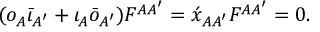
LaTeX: ( o _ { A } \bar { \iota } _ { A ^ { \prime } } + \iota _ { A } \bar { o } _ { A ^ { \prime } } ) { \cal F } ^ { A A ^ { \prime } } = \acute { x } _ { A A ^ { \prime } } { \cal F } ^ { A A ^ { \prime } } = 0 .